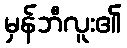
မှန်ဘီလူး၏